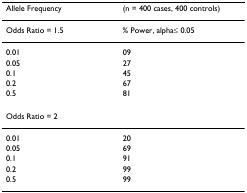
| Allele Frequency | (n = 400 cases, 400 controls) |
 | --- | --- |
 | Odds Ratio = 1.5 | % Power, alpha≤ 0.05 |
 | 0.01 | 09 |
 | 0.05 | 27 |
 | 0.1 | 45 |
 | 0.2 | 67 |
 | 0.5 | 81 |
 | Odds Ratio = 2 |  |
 | 0.01 | 20 |
 | 0.05 | 69 |
 | 0.1 | 91 |
 | 0.2 | 99 |
 | 0.5 | 99 |